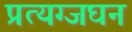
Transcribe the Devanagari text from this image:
प्रत्यग्जघन